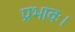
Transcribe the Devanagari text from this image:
प्रभावः।